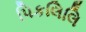
પિકલિલિ